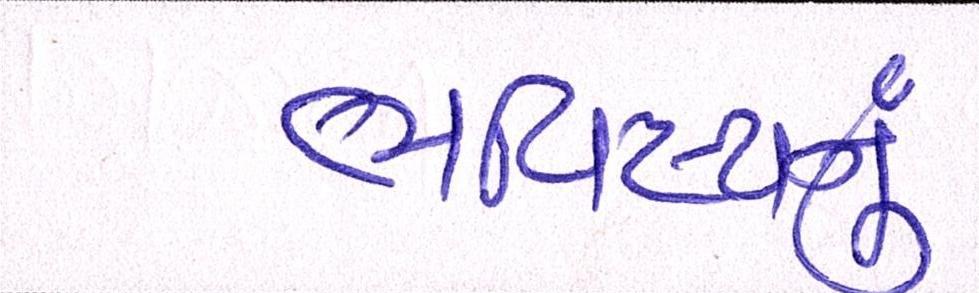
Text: ભવિષ્યનું